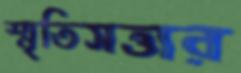
স্মৃতিসত্তার